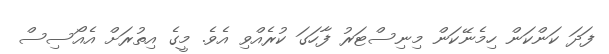
ފަދަ ކަންކަން ހިމެނޭކަން މިނިސްޓަރު ފާހަގަ ކުރެއްވި އެވެ. މީގެ އިތުރަށް އެއޯސިސް